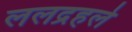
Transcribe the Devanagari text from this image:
ललद्रहले